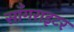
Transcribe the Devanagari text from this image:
साँगराइटर